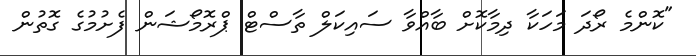
"ކޮންމެ ރޯދަ މަހަކާ ދިމާކޮށް ބާއްވާ ސައިކަލް ތާސްޓް ޕްރޮމޯޝަން ފެށުމުގެ ގޮތުން